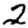
Digit: 2